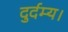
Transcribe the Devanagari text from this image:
दुर्दम्य।